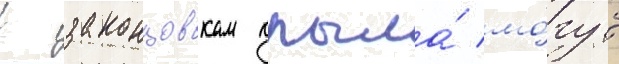
К законцовкам крыла́ мо́гут